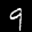
Label: 9